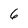
Character: 6